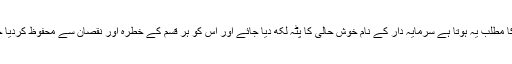
سود کا مطلب یہ ہوتا ہے سرمایہ دار کے نام خوش حالی کا پٹہ لکھ دیا جائے اور اس کو ہر قسم کے خطرہ اور نقصان سے محفوظ کردیا جائے۔